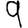
Digit: 9